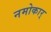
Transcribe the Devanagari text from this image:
नमोकार्